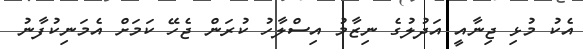
އެކު މުޅި ޖިނާއީ އަދުލުގެ ނިޒާމު އިސްލާހު ކުރަން ޖެހޭ ކަމަށް އެމަނިކުފާނު